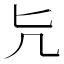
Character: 𠘩